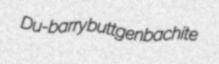
Du-barry buttgenbachite